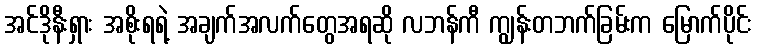
အင်ဒိုနီးရှား အစိုးရရဲ့ အချက်အလက်တွေအရဆို လဘန်ကီ ကျွန်းတဘက်ခြမ်းက မြောက်ပိုင်း